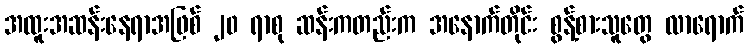
အထူးအဆန်းနေရာအဖြစ် ၂၀ ရာစု ဆန်းကတည်းက အနောက်တိုင်း စွန့်စားသူတွေ လာရောက်